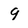
Character: 9